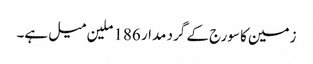
زمین کا سورج کے گرد مدار 186 ملین میل ہے۔